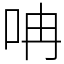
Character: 呥